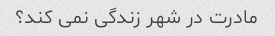
مادرت در شهر زندگی نمی کند؟